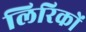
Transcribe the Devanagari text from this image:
लिरिकों